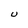
Character: U